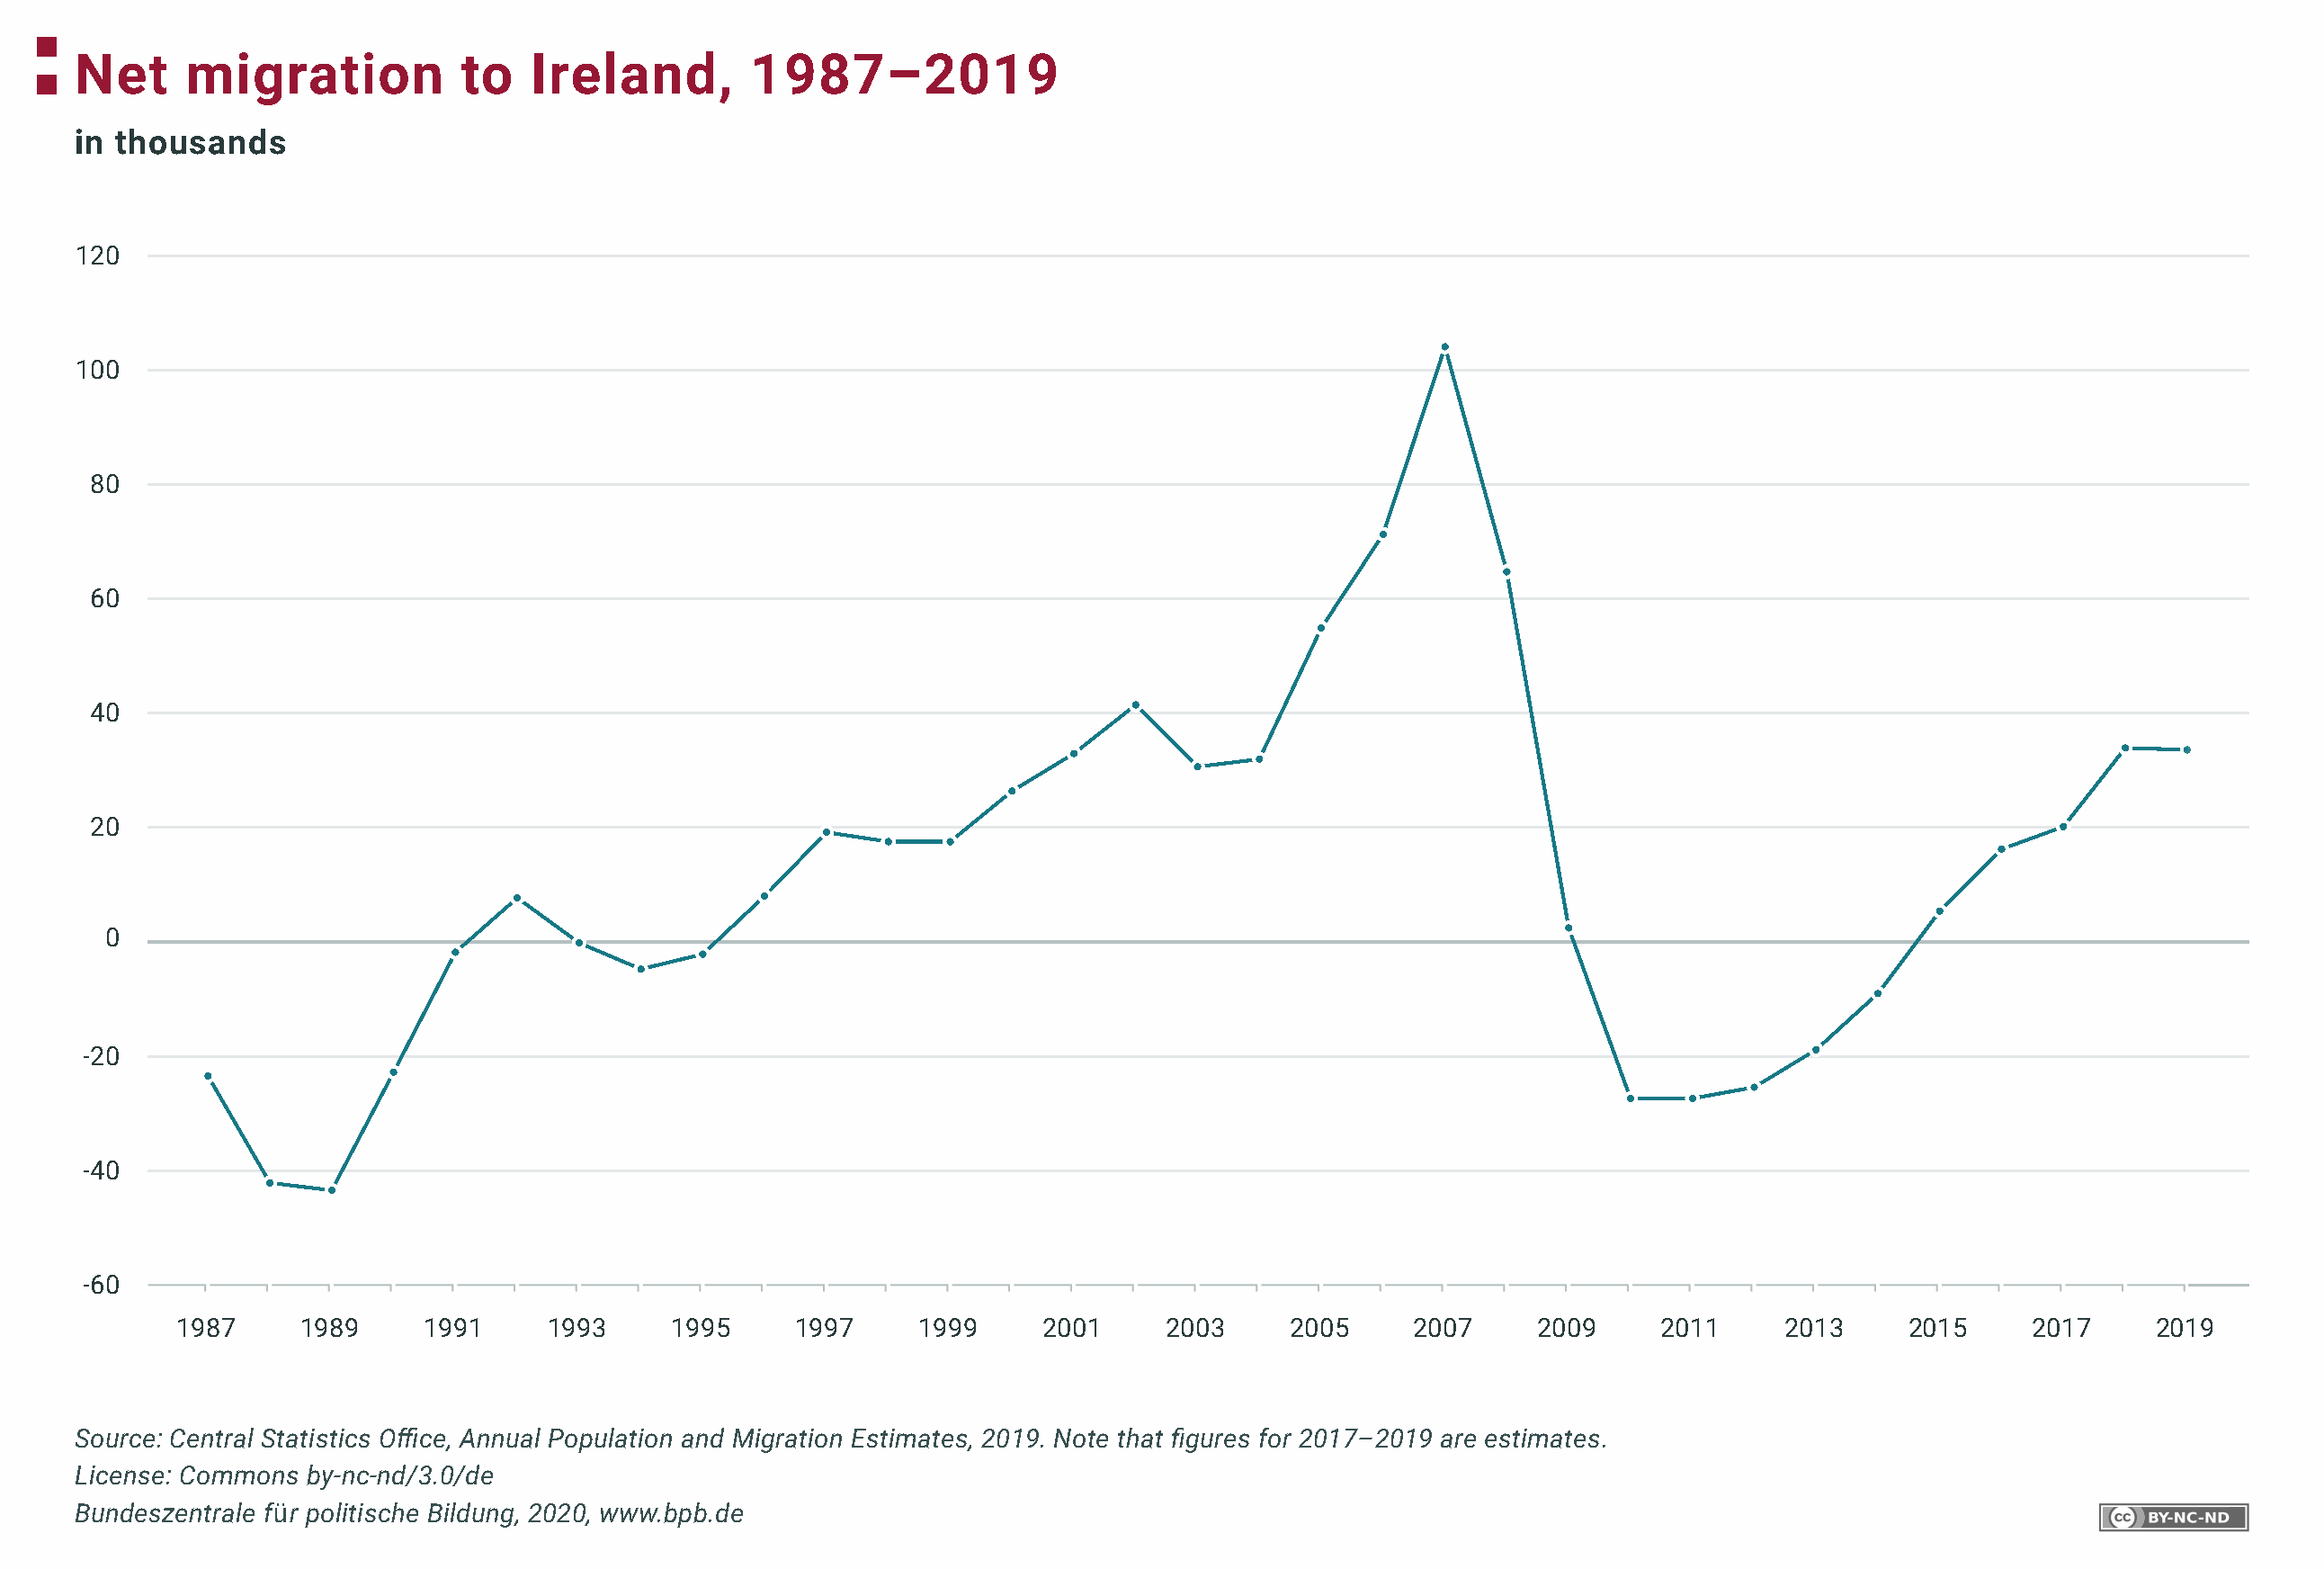
Net     migration           to   Ireland,        1987–2019
 in thousands
 120
 100
 80
 60
 40
 20
 0
 -20
 -40
 -60
 1987     1989     1991     1993     1995     1997      1999     2001     2003     2005     2007     2009     2011     2013     2015      2017     2019
 Source: Central Statistics Office, Annual Population and Migration Estimates, 2019. Note that figures for 2017–2019 are estimates.
 License: Commons by-nc-nd/3.0/de
 Bundeszentrale für politische Bildung, 2020, www.bpb.de